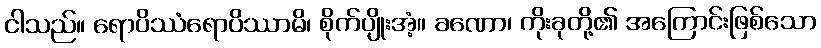
ငါသည်။ ရောပိဿံရောပိဿာမိ၊ စိုက်ပျိုးအံ့။ ခဏော၊ ကိုးခုတို့၏ အကြောင်းဖြစ်သော